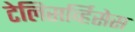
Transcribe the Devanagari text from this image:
टेलिसर्व्हिसेस